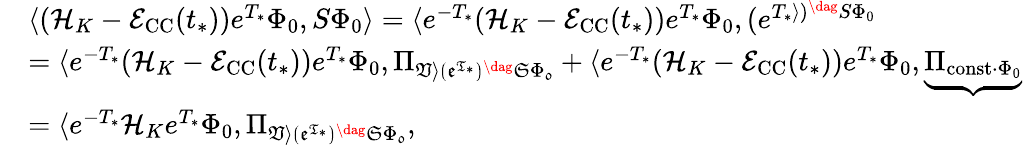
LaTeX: \begin{array}{rl}&{\langle(\mathcal{H}_{K}-\mathcal{E}_{\mathrm{CC}}(t_{*}))e^{T_{*}}\Phi_{0},S\Phi_{0}\rangle=\langle e^{-T_{*}}(\mathcal{H}_{K}-\mathcal{E}_{\mathrm{CC}}(t_{*}))e^{T_{*}}\Phi_{0},(e^{T_{*}\rangle)^{\dag}S\Phi_{0}}}\\ &{=\langle e^{-T_{*}}(\mathcal{H}_{K}-\mathcal{E}_{\mathrm{CC}}(t_{*}))e^{T_{*}}\Phi_{0},\Pi_{\mathfrak{V\rangle(e^{T_{*}})^{\dag}S\Phi_{0}}}+\langle e^{-T_{*}}(\mathcal{H}_{K}-\mathcal{E}_{\mathrm{CC}}(t_{*}))e^{T_{*}}\Phi_{0},\underbrace{\Pi_{\mathrm{const}\cdot\Phi_{0}}}}\\ &{=\langle e^{-T_{*}}\mathcal{H}_{K}e^{T_{*}}\Phi_{0},\Pi_{\mathfrak{V\rangle(e^{T_{*}})^{\dag}S\Phi_{0}}},}\end{array}